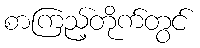
စာကြည့်တိုက်တွင်